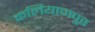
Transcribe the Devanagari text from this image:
कलियाणपुर